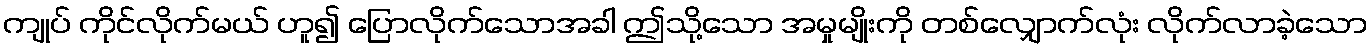
ကျုပ် ကိုင်လိုက်မယ် ဟူ၍ ပြောလိုက်သောအခါ ဤသို့သော အမှုမျိုးကို တစ်လျှောက်လုံး လိုက်လာခဲ့သော